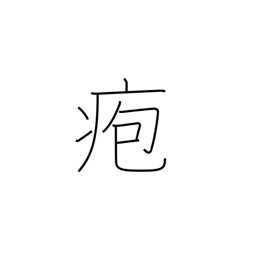
Meaning: blister